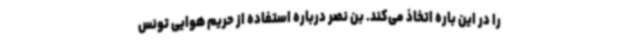
را در این باره اتخاذ می‌کند. بن نصر درباره استفاده از حریم هوایی تونس